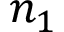
n _ { 1 }